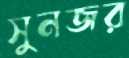
সুনজর